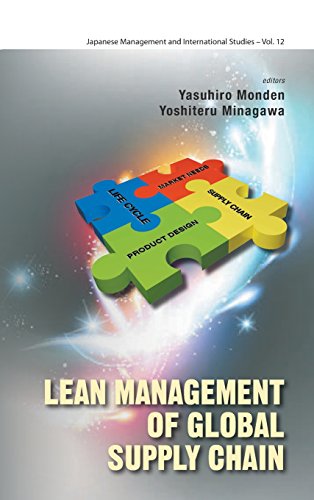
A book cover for Lean Management of Global Supply Chain (Japanese Management and International Studies); Yasuhiro Monden; Business & Money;